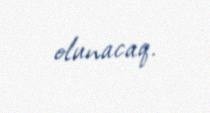
olunacaq.